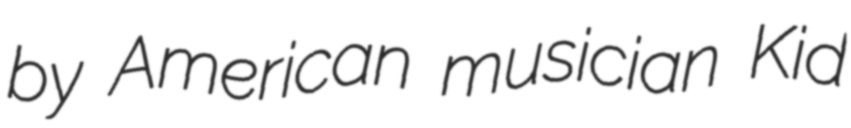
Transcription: by American musician Kid